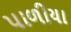
પાળીયા